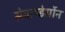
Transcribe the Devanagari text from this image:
सेवाण्डेर्सोन